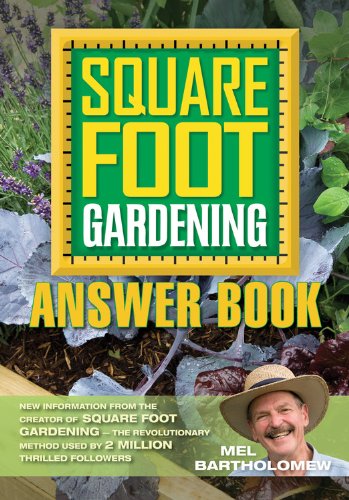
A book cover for Square Foot Gardening Answer Book: New Information from the Creator of Square Foot Gardening - the Revolutionary Method (All New Square Foot Gardening); Mel Bartholomew; Crafts, Hobbies & Home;